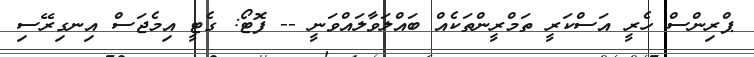
ޕްރިންސް ހެރީ އަސްކަރީ ތަމްރީންތަކެއް ބައްލަވާލައްވަނީ -- ފޮޓޯ: ގެޓީ އިމެޖަސް އިނގިރޭސި